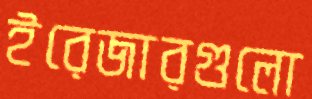
ইরেজারগুলো